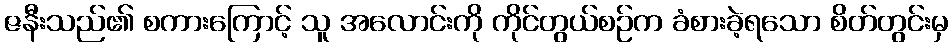
ဇနီးသည်၏ စကားကြောင့် သူ အလောင်းကို ကိုင်တွယ်စဉ်က ခံစားခဲ့ရသော စိတ်တွင်းမှ